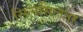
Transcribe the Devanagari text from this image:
सिलसिलता